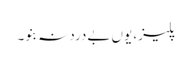
پلیز، یوں بےدرد نہ بنو۔